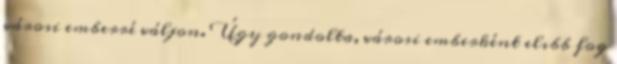
városi emberré váljon. Úgy gondolta, városi emberként elıbb fog